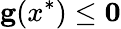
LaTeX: \mathbf{g}(x^{*})\leq\mathbf{0}